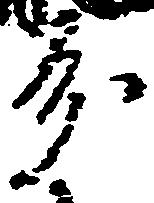
分